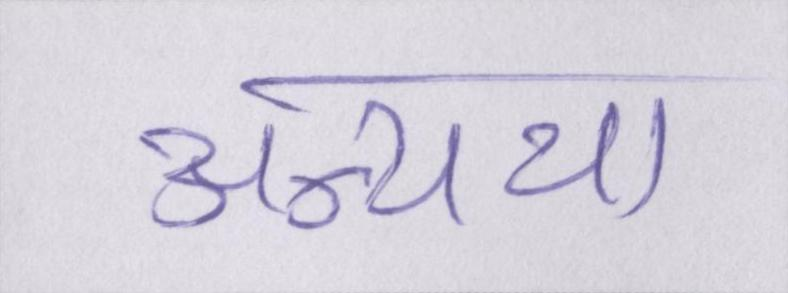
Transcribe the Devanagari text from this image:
अन्यथा